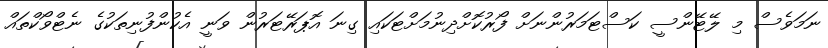
ނަމަވެސް މި ލޭޓޭންސީ ކަސްޓަމަރުންނަށް ފޯރުކޮށްދިނުމަށްޓަކައި ގިނަ އޮޕަރޭޓަރުން ވަނީ އެކުންފުނިތަކުގެ ނެޓްވޯކްތައް